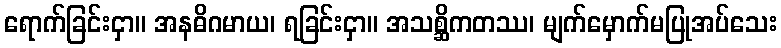
ရောက်ခြင်းငှာ။ အနဓိဂမာယ၊ ရခြင်းငှာ။ အသစ္ဆိကတဿ၊ မျက်မှောက်မပြုအပ်သေး